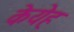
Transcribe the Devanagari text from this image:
केयेह